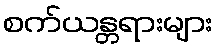
စက်ယန္တရားများ